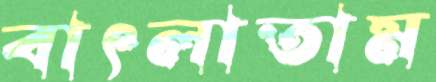
বাৎলাতাম